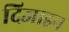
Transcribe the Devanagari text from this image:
दिजाइन